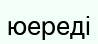
юереді